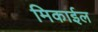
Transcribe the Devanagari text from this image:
मिकाईल